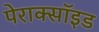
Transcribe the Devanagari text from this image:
पेराक्सॉइड